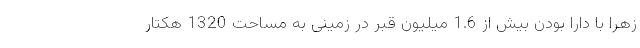
زهرا با دارا بودن بیش از 1.6 میلیون قبر در زمینی به مساحت 1320 هکتار